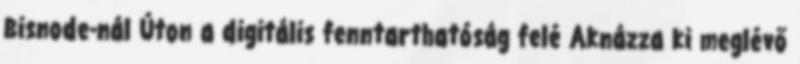
Bisnode-nál Úton a digitális fenntarthatóság felé Aknázza ki meglévő